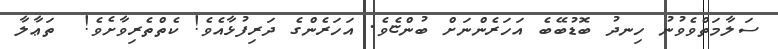
ސަލާމަތްވެވުނު ހިނދު ބޮޑުބޭބެ އަހަރެންނަށް ބުންޏެވެ. އަހަރެންގެ ދަރިފުޅާއެވެ! ކެތްތެރިވާށެވެ!  ތަޢާލާ